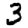
Digit: 3